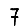
Digit: 7